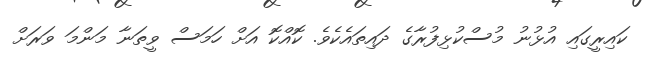
ކައިރީގައި އުޅުނު މުސްކުޅިފުރާގެ ދައިތައެކެވެ. ކޮއްކޮ އަށް ހަމަސް ވީތަނާ މަންމަ ވަރަށް